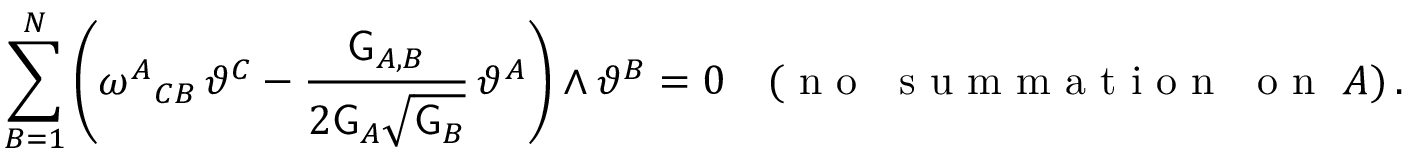
\sum _ { B = 1 } ^ { N } \left( \omega ^ { A } { } _ { C B } \, \vartheta ^ { C } - \frac { \mathsf { G } _ { A , B } } { 2 \mathsf { G } _ { A } \sqrt { \mathsf { G } _ { B } } } \, \vartheta ^ { A } \right) \wedge \vartheta ^ { B } = 0 \quad ( \mathrm { ~ n ~ o ~ ~ ~ s ~ u ~ m ~ m ~ a ~ t ~ i ~ o ~ n ~ ~ ~ o ~ n ~ } ~ A ) \, .